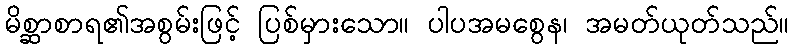
မိစ္ဆာစာရ၏အစွမ်းဖြင့် ပြစ်မှားသော။ ပါပအမစွေန၊ အမတ်ယုတ်သည်။